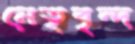
নেতৃবৃন্দ